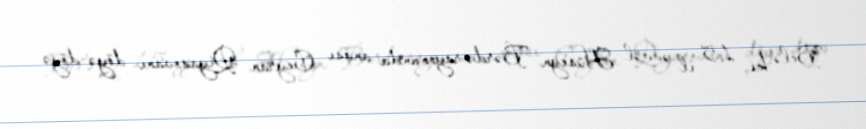
Belə ki, 15 il əvvəl Hüseyn Bərdə rayonunda anası Ceyran Qiyasovanı döyə-döyə